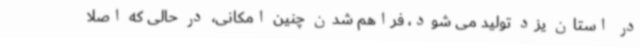
در استان یزد تولید می شود، فراهم شدن چنین امکانی، در حالی که اصلاً